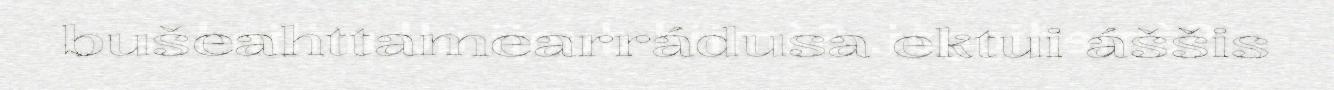
bušeahttamearrádusa ektui áššis